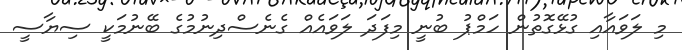
މި ލަވައާއި ގުޅޭގޮތުން ހަމްޕު ބުނީ މިފަދަ ލަވައެއް ގެނެސްދިނުމުގެ ބޭނުމަކީ ސިޔާސީ